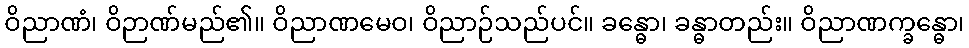
ဝိညာဏံ၊ ဝိဉာဏ်မည်၏။ ဝိညာဏမေဝ၊ ဝိညာဉ်သည်ပင်။ ခန္ဓော၊ ခန္ဓာတည်း။ ဝိညာဏက္ခန္ဓော၊